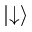
| { \downarrow } \rangle